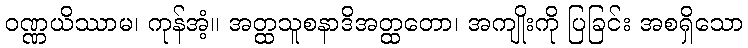
ဝဏ္ဏယိဿာမ၊ ကုန်အံ့။ အတ္ထသူစနာဒိအတ္ထတော၊ အကျိုးကို ပြခြင်း အစရှိသော